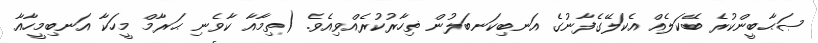
ޞަޙާބީންކުރެ ބޭކަލެއް އެކަލޭގެފާނުގެ އަނބިކަނބަލުން ޡިހާރުކުރެއްވިއެވެ. (ތިމާއާ ކާވެނި ޙަރާމް މީހަކާ އަނބިމީހާއާ